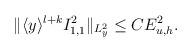
LaTeX: \begin{align*}\begin{aligned}\Vert \langle y\rangle^{l+k} I^2_{1,1}\Vert_{L^2_y} \leq C E_{u,h}^2.\end{aligned}\end{align*}